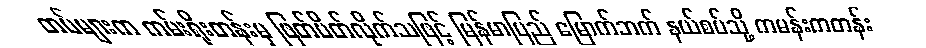
တပ်များက ကမ်းရိုးတန်းမှ ဖြတ်ပိတ်လိုက်သဖြင့် မြန်မာပြည် မြောက်ဘက် နယ်စပ်သို့ ကမန်းကတန်း